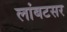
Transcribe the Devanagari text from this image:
लांबटसर